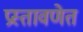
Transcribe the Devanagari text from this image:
प्रस्तावणेत